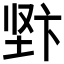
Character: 𱖿